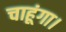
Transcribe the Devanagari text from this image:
चाहूंगा।